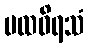
ပထဝိရသံ